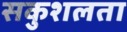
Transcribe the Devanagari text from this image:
सकुशलता